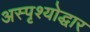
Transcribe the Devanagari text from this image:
अस्पृश्योद्धार